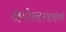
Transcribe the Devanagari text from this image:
खगोलशास्त्राभोवती